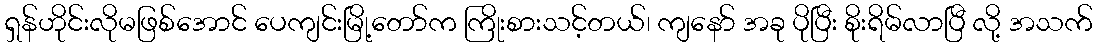
ရှန်ဟိုင်းလိုမဖြစ်အောင် ပေကျင်းမြို့တော်က ကြိုးစားသင့်တယ်၊ ကျနော် အခု ပိုပြီး စိုးရိမ်လာပြီ လို့ အသက်